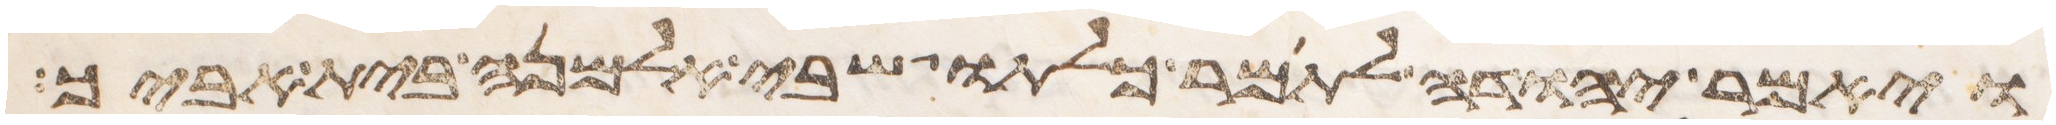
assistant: ויאמר יהודה לתמר כלתו שבי אלמנה בית אביך